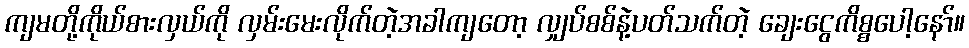
ကျမတို့ကိုယ်စားလှယ်ကို လှမ်းမေးလိုက်တဲ့အခါကျတော့ လျှပ်စစ်နဲ့ပတ်သက်တဲ့ ချေးငွေကိစ္စပေါ့နော်။